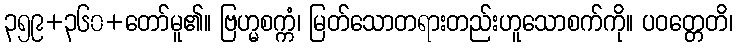
၃၅၉+၃၆၀+တော်မူ၏။ ဗြဟ္မစက္ကံ၊ မြတ်သောတရားတည်းဟူသောစက်ကို။ ပဝတ္တေတိ၊